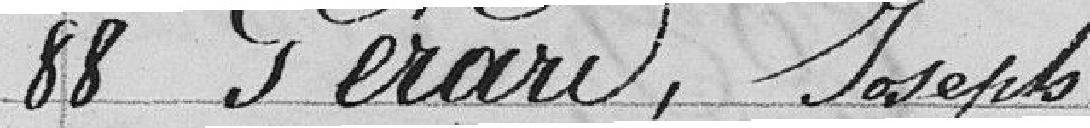
88 Gérard, Joseph